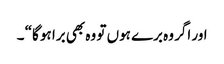
اور اگر وہ برے ہوں تو وہ بھی برا ہو گا“ ۔